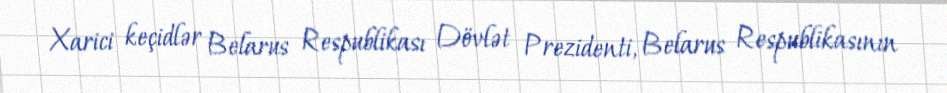
Xarici keçidlər Belarus Respublikası Dövlət Prezidenti, Belarus Respublikasının